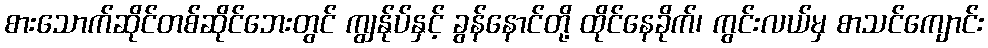
စားသောက်ဆိုင်တစ်ဆိုင်ဘေးတွင် ကျွန်ုပ်နှင့် ခွန်နောင်တို့ ထိုင်နေခိုက်၊ ကွင်းလယ်မှ စာသင်ကျောင်း